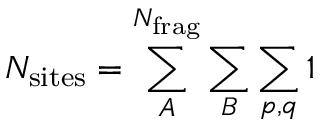
N _ { \mathrm { s i t e s } } = \sum _ { A } ^ { N _ { \mathrm { f r a g } } } \sum _ { B } \sum _ { p , q } 1